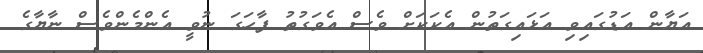
އަޔާން އަޑުގައިވި އަޅައިގަތުން އެކަކަށް ވެސް އެވަގުތު ފާހަގަ ނުވީ އެންމެންވެސް ނާޔާގެ